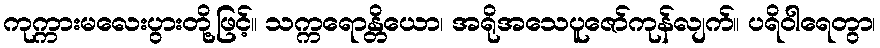
ကုက္ကားမလေးပွားတို့ဖြင့်။ သက္ကရောန္တိယော၊ အရိုအသေပူဇော်ကုန်လျက်။ ပရိဝါရေတွာ၊